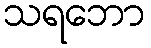
သရဘော